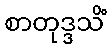
စာတုဒ္ဒသိံ